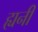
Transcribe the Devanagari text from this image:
ह्यनी